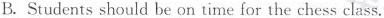
B. Students should be on time for the chess class.